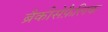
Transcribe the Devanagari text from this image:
ब्रैकीसेफ़ैलिक